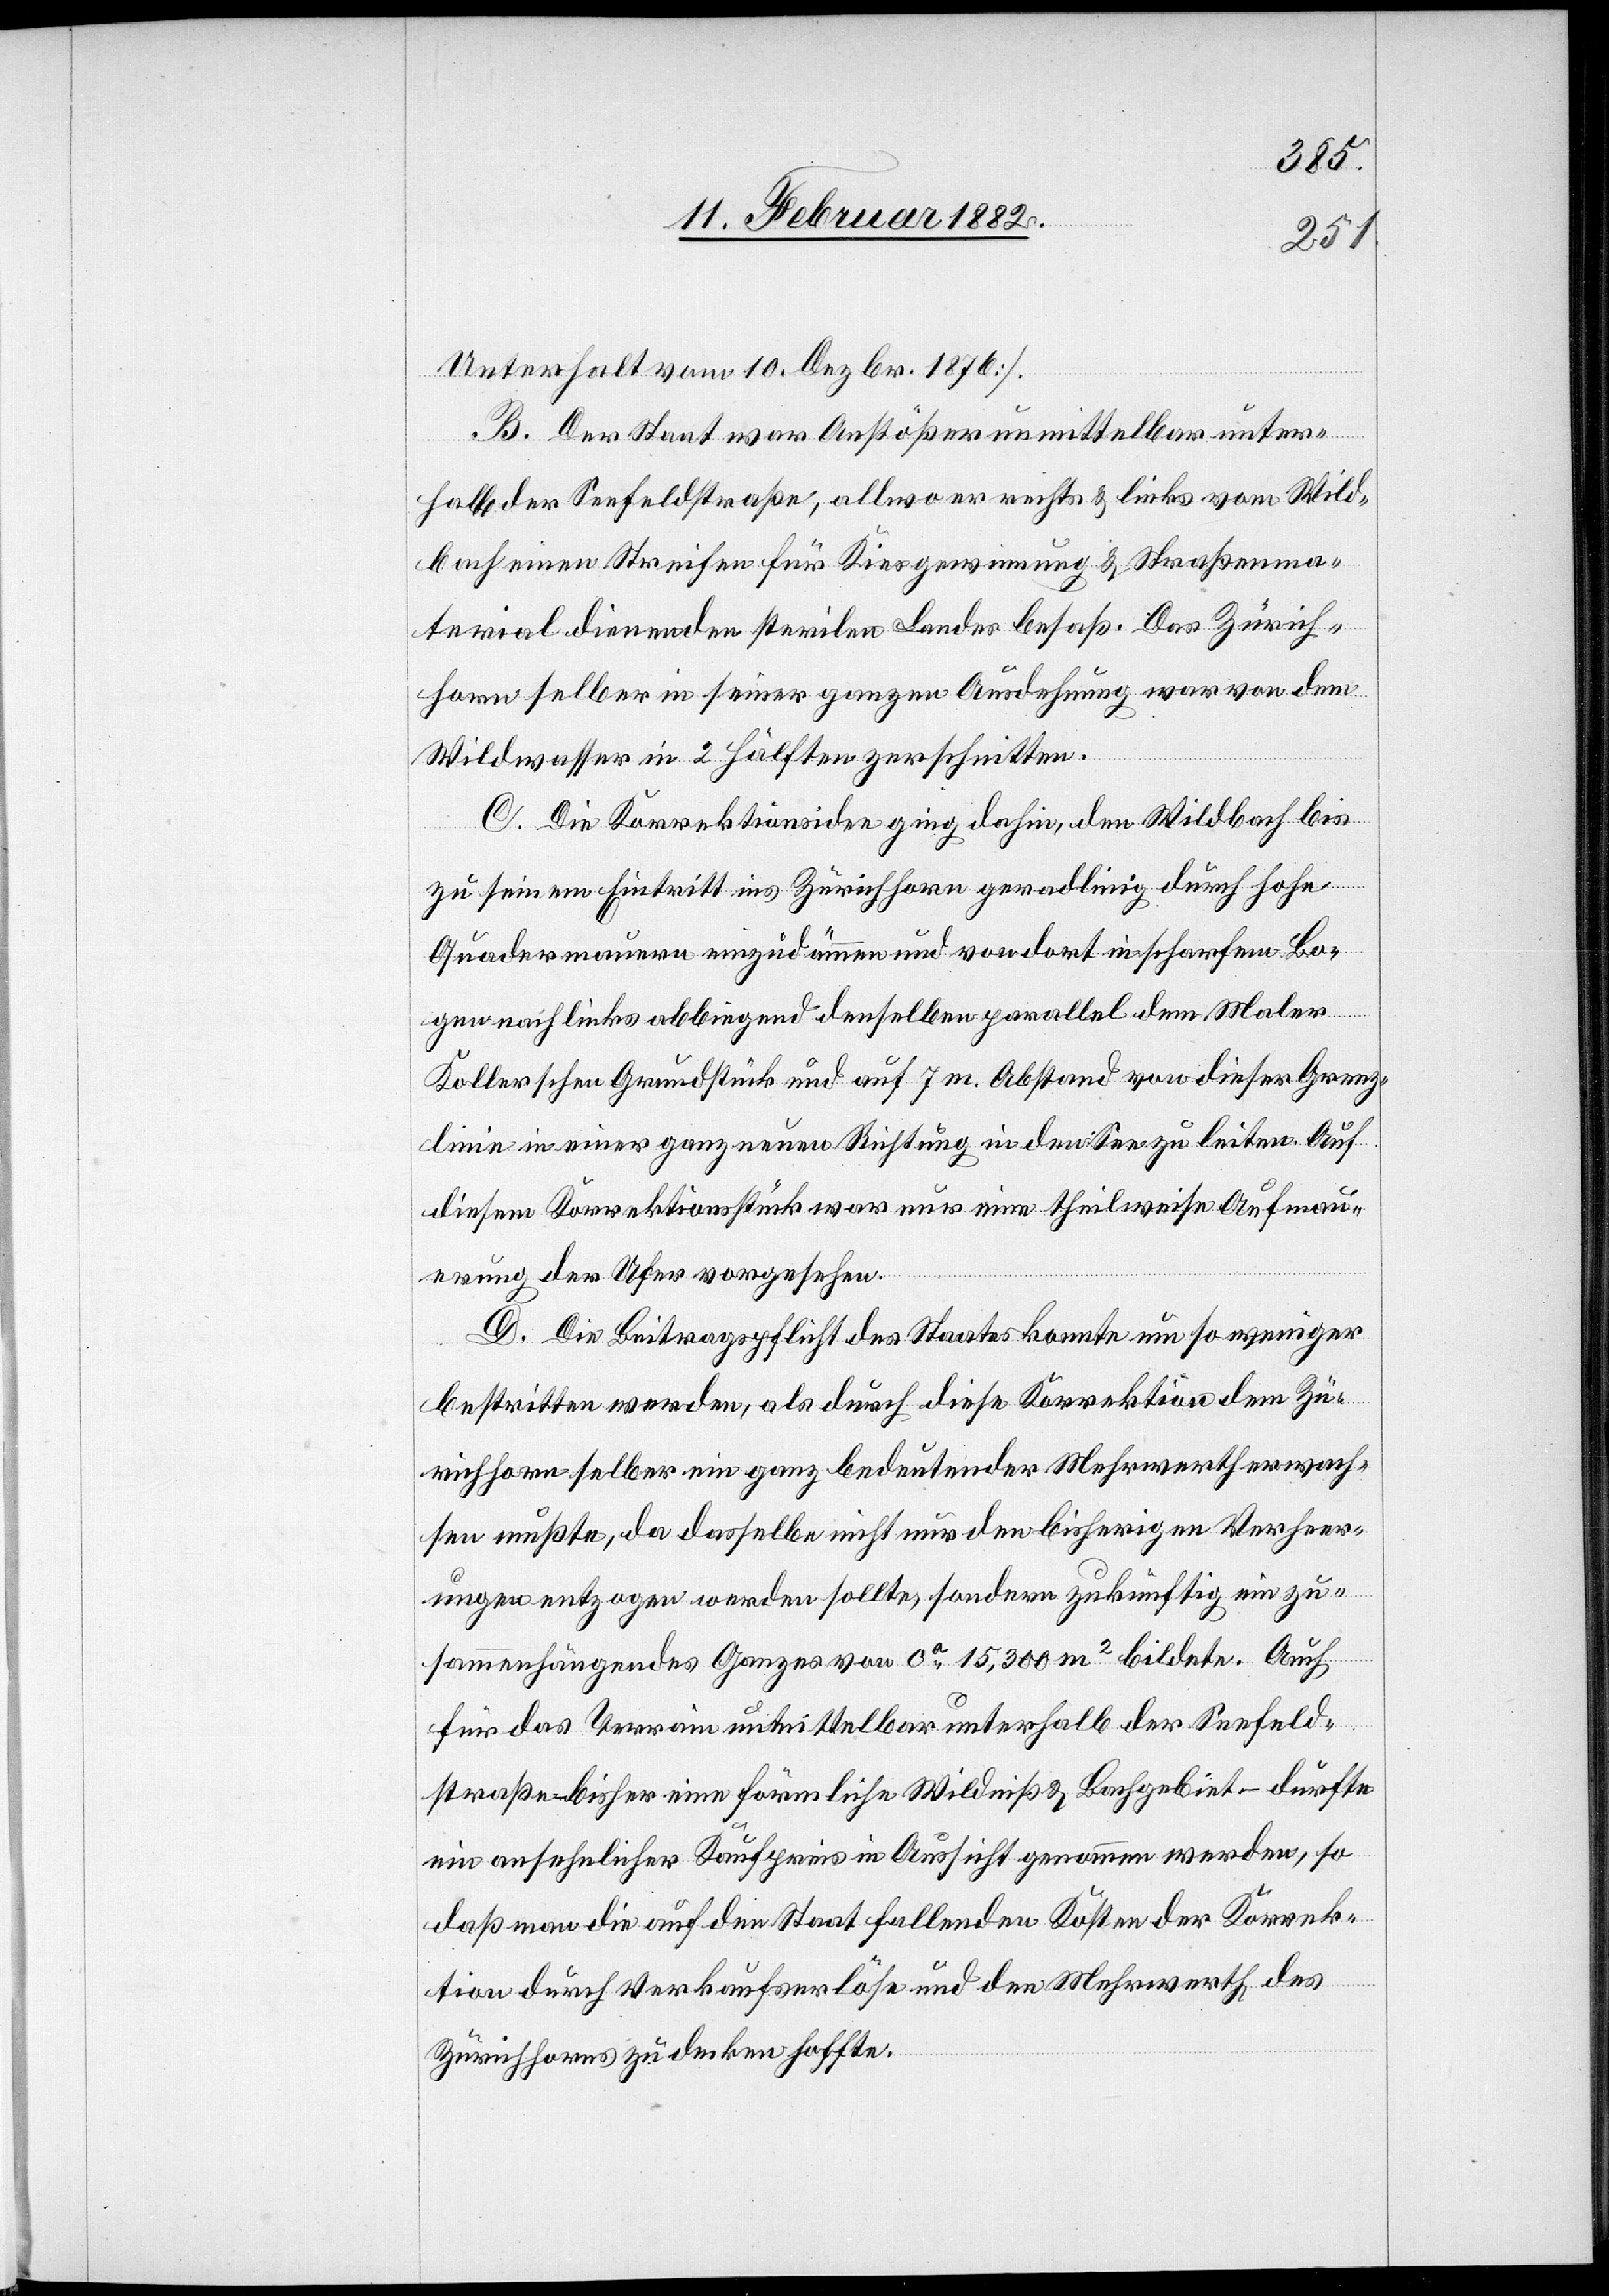
Unterhalt vom 10. Dezbr. 1876].
B. Der Staat war Anstößer unmittelbar unter¬
halb der Seefeldstraße, allwo er rechts & links vom Wild¬
bach einen Streifen für Kiesgewinnung & Straßenma¬
terial dienenden sterilen Landes besaß. Das Zürich¬
horn selber in seiner ganzen Ausdehnung war von dem
Wildwasser in 2 Hälften zerschnitten.
C. Die Korrektionsidee ging dahin, den Wildbach bis
zu seinem Eintritt ins Zürichhorn geradlinig durch hohe
Quadermauern einzudämmen und von dort in scharfem Bo¬
gen nach links abbigend und denselben parallel dem Maler
Kollerschen Grundstück und auf 7 m Abstand von dieser Grenz¬
linie in einer ganz neuen Richtung in den See zu leiten. Auf
diesem Korrektionsstück war nur eine theilweise Aufmau¬
erung der Ufer vorgesehen.
D. Die Beitragspflicht des Staates konnte um so weniger
bestritten werden, als durch diese Korrektion dem Zü¬
richhorn selber ein ganz bedeutender Mehrwerth erwach¬
sen mußte, da dasselbe nicht nur den bisherigen Verheer¬
ungen entzogen werden sollte, sondern zukünftig ein zu¬
sammenhängendes Ganzes von ca 15,300 m2 bildete, Auch
für das Terrain unmittelbar unterhalb der Seefeld¬
straße bisher eine förmliche Wildniß & Bachgebiet – dürfte
ein ansehnlicher Kaufpreis in Aussicht genommen werden, so
daß man die auf den Staat fallenden Kosten der Korrek¬
tion durch Verkaufsverläufe und den Mehrwerth des
Zürichhorns zu denken hoffte.